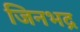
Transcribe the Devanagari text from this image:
जिनभद्र